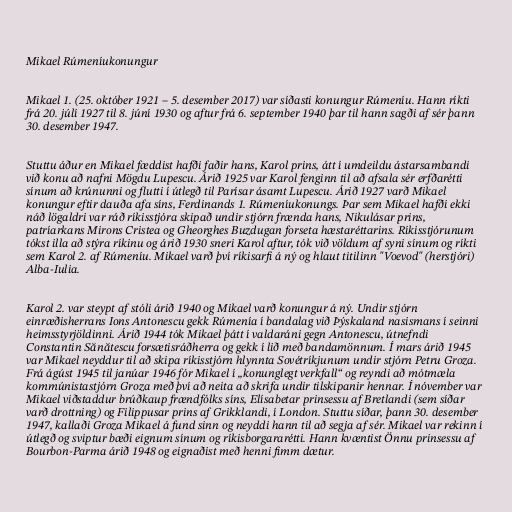
Mikael Rúmeníukonungur

Mikael 1. (25. október 1921 – 5. desember 2017) var síðasti konungur Rúmeníu. Hann ríkti
frá 20. júlí 1927 til 8. júní 1930 og aftur frá 6. september 1940 þar til hann sagði af sér þann
30. desember 1947.

Stuttu áður en Mikael fæddist hafði faðir hans, Karol prins, átt í umdeildu ástarsambandi
við konu að nafni Mögdu Lupescu. Árið 1925 var Karol fenginn til að afsala sér erfðarétti
sínum að krúnunni og flutti í útlegð til Parísar ásamt Lupescu. Árið 1927 varð Mikael
konungur eftir dauða afa síns, Ferdinands 1. Rúmeníukonungs. Þar sem Mikael hafði ekki
náð lögaldri var ráð ríkisstjóra skipað undir stjórn frænda hans, Nikulásar prins,
patríarkans Mirons Cristea og Gheorghes Buzdugan forseta hæstaréttarins. Ríkisstjórunum
tókst illa að stýra ríkinu og árið 1930 sneri Karol aftur, tók við völdum af syni sínum og ríkti
sem Karol 2. af Rúmeníu. Mikael varð því ríkisarfi á ný og hlaut titilinn "Voevod" (herstjóri)
Alba-Iulia.

Karol 2. var steypt af stóli árið 1940 og Mikael varð konungur á ný. Undir stjórn
einræðisherrans Ions Antonescu gekk Rúmenía í bandalag við Þýskaland nasismans í seinni
heimsstyrjöldinni. Árið 1944 tók Mikael þátt í valdaráni gegn Antonescu, útnefndi
Constantin Sănătescu forsætisráðherra og gekk í lið með bandamönnum. Í mars árið 1945
var Mikael neyddur til að skipa ríkisstjórn hlynnta Sovétríkjunum undir stjórn Petru Groza.
Frá ágúst 1945 til janúar 1946 fór Mikael í „konunglegt verkfall“ og reyndi að mótmæla
kommúnistastjórn Groza með því að neita að skrifa undir tilskipanir hennar. Í nóvember var
Mikael viðstaddur brúðkaup frændfólks síns, Elísabetar prinsessu af Bretlandi (sem síðar
varð drottning) og Filippusar prins af Grikklandi, í London. Stuttu síðar, þann 30. desember
1947, kallaði Groza Mikael á fund sinn og neyddi hann til að segja af sér. Mikael var rekinn í
útlegð og sviptur bæði eignum sínum og ríkisborgararétti. Hann kvæntist Önnu prinsessu af
Bourbon-Parma árið 1948 og eignaðist með henni fimm dætur.